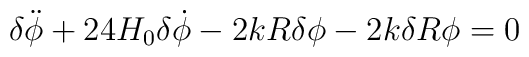
{\delta}\ddot{\phi}+ 24H_{0}{\delta}\dot{\phi}-2kR{\delta}{\phi}-2k{\delta}R{\phi}=0